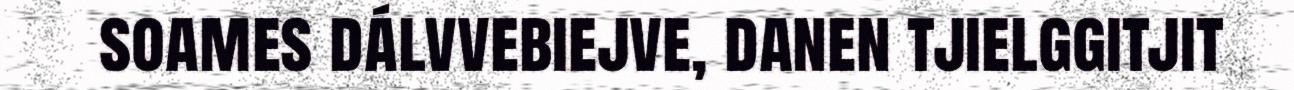
soames dálvvebiejve, danen tjielggitjit